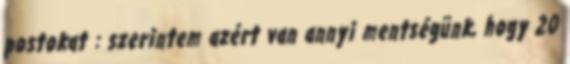
postokat : szerintem azért van annyi mentségünk, hogy 20